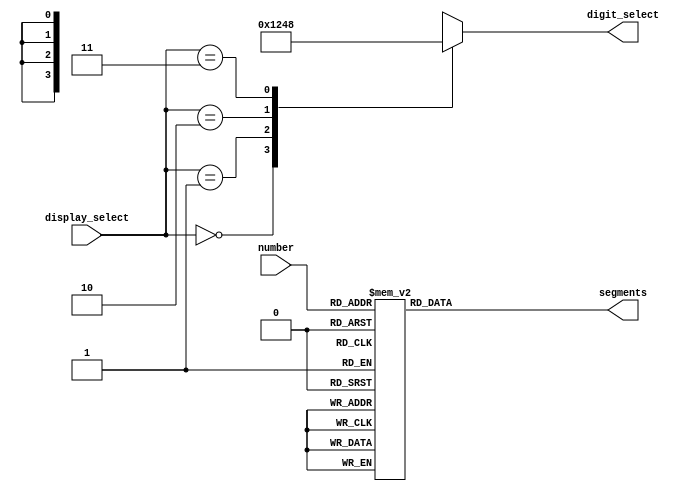
module seven_segment_display (
    input wire [3:0] number,
    input wire [1:0] display_select,
    output reg [6:0] segments,
    output reg [3:0] digit_select
);
//(a, b, c, d, e, f, g)

always @(number)
begin
    case(number) //This assumes that cathodes that we want to light up are driven LOW.
        0: segments =  7'b0000001;
        1: segments =  7'b1001111;
        2: segments =  7'b0010010;
        3: segments =  7'b0000110;
        4: segments =  7'b1001100;
        5: segments =  7'b0100100;
        6: segments =  7'b0100000;
        7: segments =  7'b0001111;
        8: segments =  7'b0000000;
        9: segments =  7'b0000100;
        default: segments = 7'b1111111;
    endcase
end

always @(display_select)
begin
    case(display_select) //This assumes that digit display signal is driven LOW.
        2'b00: digit_select = 4'b0001;
        2'b01: digit_select = 4'b0010;
        2'b10: digit_select = 4'b0100;
        2'b11: digit_select = 4'b1000;
    endcase
end

endmodule